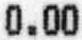
0.00